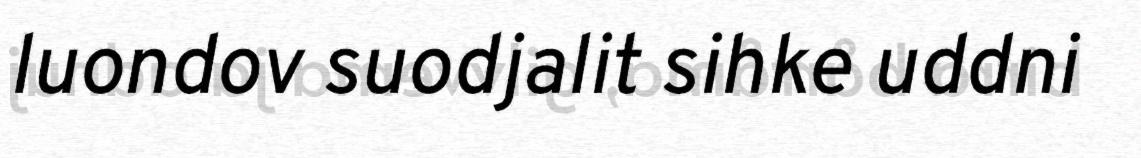
luondov suodjalit sihke uddni